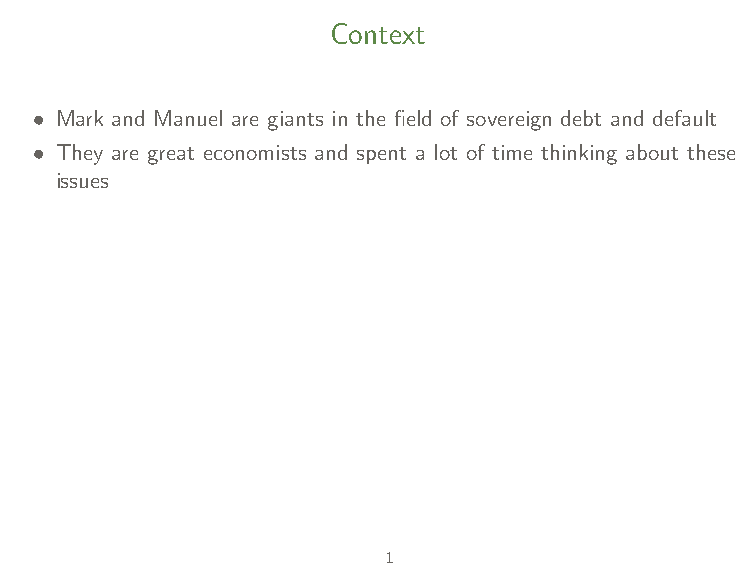
• Whatever they write on it, likely to be insightful and relevant!
 Context
 • Mark and Manuel are giants in the field of sovereign debt and default
 • They are great economists and spent a lot of time thinking about these
 issues
 1